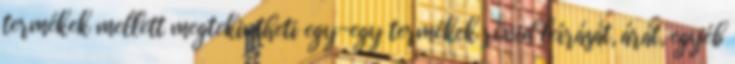
termékek mellett megtekintheti egy-egy termékek rövid leírását, árát, egyéb